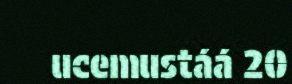
ucemustáá 20